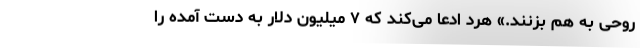
روحی به هم بزنند.» هرد ادعا می‌کند که ۷ میلیون دلار به دست آمده را